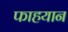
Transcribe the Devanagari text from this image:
फाहयान